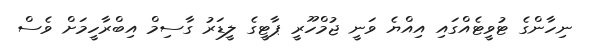
ނިހާންގެ ޓުވީޓެއްގައި އިއްޔެ ވަނީ ޖުމްހޫރީ ޕާޓީގެ ލީޑަރު ގާސިމް އިބްރާހީމަށް ވެސް